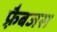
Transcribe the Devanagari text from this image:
फ़्रैबजस